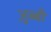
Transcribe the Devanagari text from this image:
ज़ुब्बी